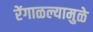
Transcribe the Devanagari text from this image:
रेंगाळल्यामुळे